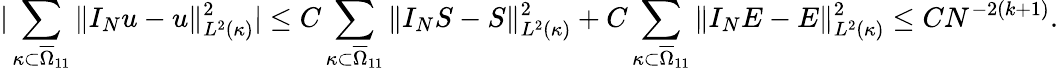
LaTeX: |\sum_{\kappa\subset\overline{{\Omega}}_{11}}\Vert I_{N}u-u\Vert_{L^{2}(\kappa)}^{2}|\le C\sum_{\kappa\subset\overline{{\Omega}}_{11}}\Vert I_{N}S-S\Vert_{L^{2}(\kappa)}^{2}+C\sum_{\kappa\subset\overline{{\Omega}}_{11}}\Vert I_{N}E-E\Vert_{L^{2}(\kappa)}^{2}\le CN^{-2(k+1)}.